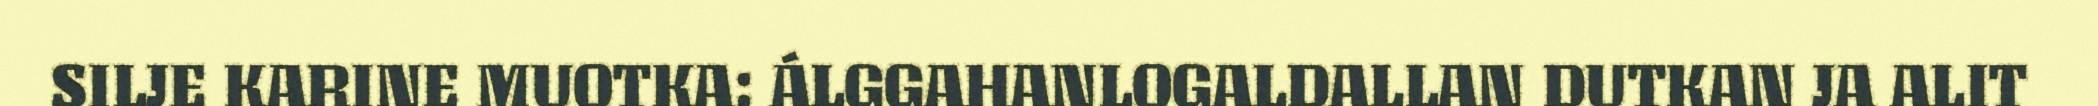
SILJE KARINE MUOTKA: ÁLGGAHANLOGALDALLAN DUTKAN JA ALIT